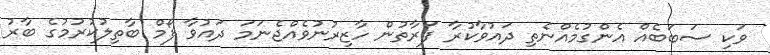
ވަކި ސަބަބެއް އެންގުމެއްނެތި ދައުވާކުރާ ފަރާތުން ހާޒިރުނުވެއްޖެނަމަ ދައުވާ ފޯމް ބާތިލުކުރުމުގެ ބާރު